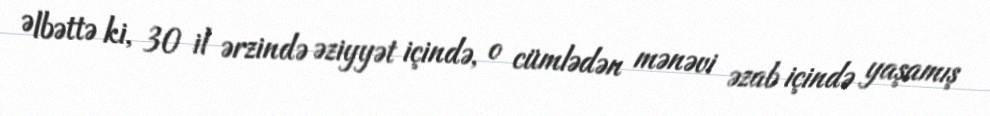
Əlbəttə ki, 30 il ərzində əziyyət içində, o cümlədən mənəvi əzab içində yaşamış